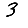
Digit: 3